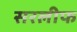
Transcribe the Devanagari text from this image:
सरलीफ